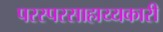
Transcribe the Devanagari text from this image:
परस्परसाहाय्यकारी